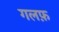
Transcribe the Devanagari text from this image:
गलफ़